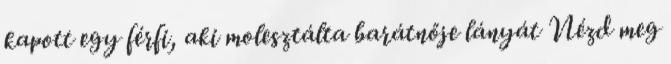
kapott egy férfi, aki molesztálta barátnője lányát Nézd meg